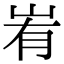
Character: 峟